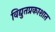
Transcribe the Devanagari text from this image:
विद्युतप्रकाशात